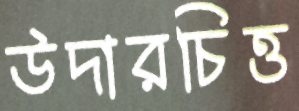
উদারচিত্ত